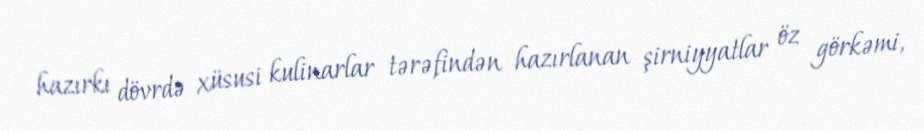
hazırkı dövrdə xüsusi kulinarlar tərəfindən hazırlanan şirniyyatlar öz görkəmi,